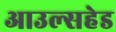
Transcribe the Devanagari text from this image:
आउल्सहेड